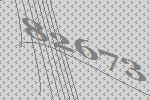
82673